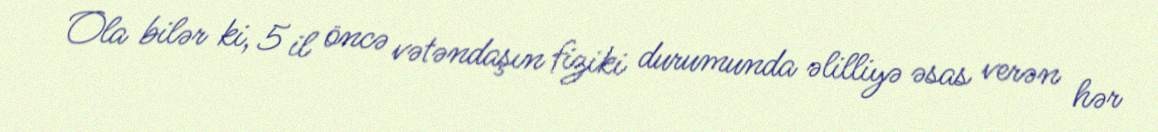
Ola bilər ki, 5 il öncə vətəndaşın fiziki durumunda əlilliyə əsas verən hər